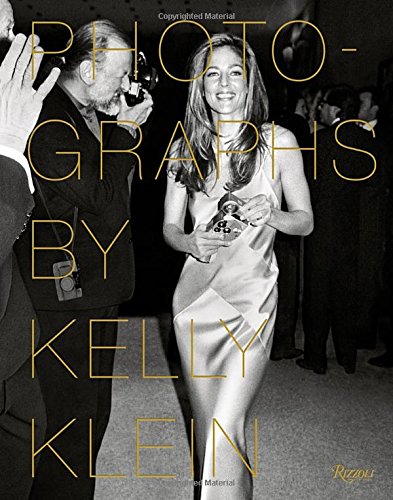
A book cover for Photographs by Kelly Klein; Kelly Klein; Humor & Entertainment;